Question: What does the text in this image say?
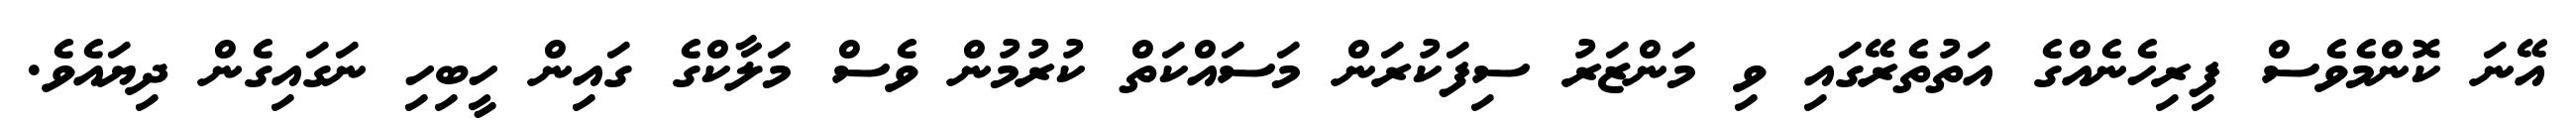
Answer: އޭނަ ކޮންމެވެސް ފިރިހެނެއްގެ އަތުތެރޭގައި ވި މަންޒަރު ސިފަކުރަން މަސައްކަތް ކުރުމުން ވެސް މަލާކްގެ ގައިން ހީބިހި ނަގައިގެން ދިޔައެވެ.